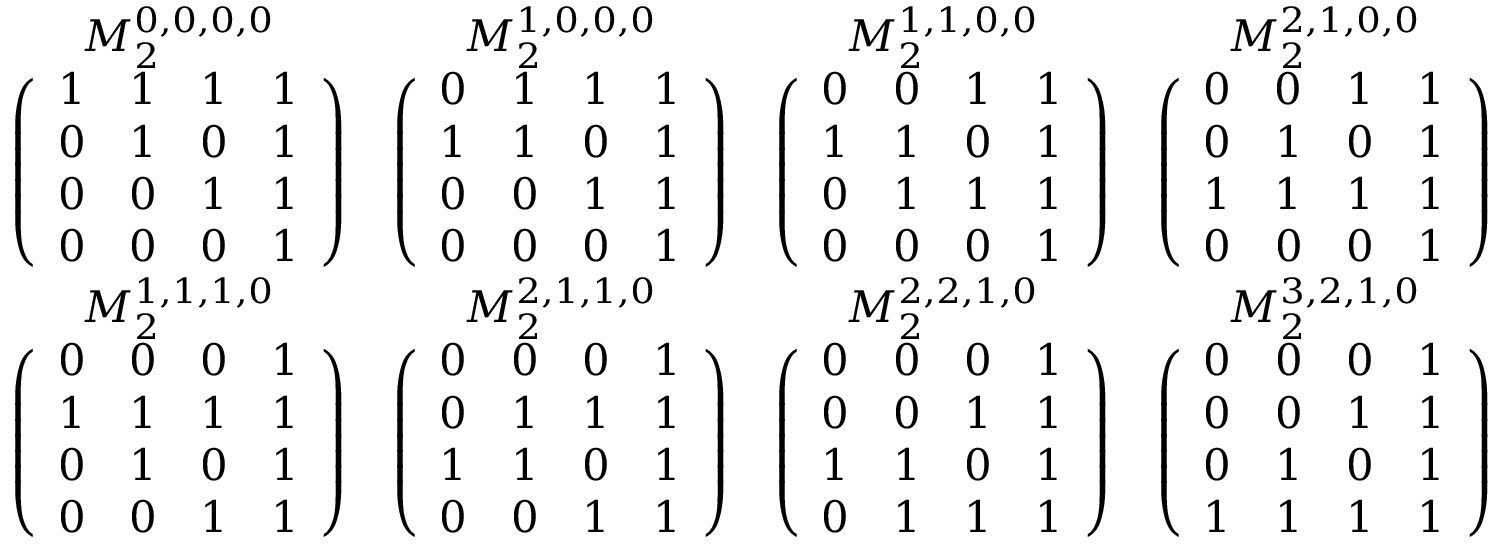
\begin{array} { c c c c } { M _ { 2 } ^ { 0 , 0 , 0 , 0 } } & { M _ { 2 } ^ { 1 , 0 , 0 , 0 } } & { M _ { 2 } ^ { 1 , 1 , 0 , 0 } } & { M _ { 2 } ^ { 2 , 1 , 0 , 0 } } \\ { \left( \begin{array} { l l l l } { 1 } & { 1 } & { 1 } & { 1 } \\ { 0 } & { 1 } & { 0 } & { 1 } \\ { 0 } & { 0 } & { 1 } & { 1 } \\ { 0 } & { 0 } & { 0 } & { 1 } \end{array} \right) } & { \left( \begin{array} { l l l l } { 0 } & { 1 } & { 1 } & { 1 } \\ { 1 } & { 1 } & { 0 } & { 1 } \\ { 0 } & { 0 } & { 1 } & { 1 } \\ { 0 } & { 0 } & { 0 } & { 1 } \end{array} \right) } & { \left( \begin{array} { l l l l } { 0 } & { 0 } & { 1 } & { 1 } \\ { 1 } & { 1 } & { 0 } & { 1 } \\ { 0 } & { 1 } & { 1 } & { 1 } \\ { 0 } & { 0 } & { 0 } & { 1 } \end{array} \right) } & { \left( \begin{array} { l l l l } { 0 } & { 0 } & { 1 } & { 1 } \\ { 0 } & { 1 } & { 0 } & { 1 } \\ { 1 } & { 1 } & { 1 } & { 1 } \\ { 0 } & { 0 } & { 0 } & { 1 } \end{array} \right) } \\ { M _ { 2 } ^ { 1 , 1 , 1 , 0 } } & { M _ { 2 } ^ { 2 , 1 , 1 , 0 } } & { M _ { 2 } ^ { 2 , 2 , 1 , 0 } } & { M _ { 2 } ^ { 3 , 2 , 1 , 0 } } \\ { \left( \begin{array} { l l l l } { 0 } & { 0 } & { 0 } & { 1 } \\ { 1 } & { 1 } & { 1 } & { 1 } \\ { 0 } & { 1 } & { 0 } & { 1 } \\ { 0 } & { 0 } & { 1 } & { 1 } \end{array} \right) } & { \left( \begin{array} { l l l l } { 0 } & { 0 } & { 0 } & { 1 } \\ { 0 } & { 1 } & { 1 } & { 1 } \\ { 1 } & { 1 } & { 0 } & { 1 } \\ { 0 } & { 0 } & { 1 } & { 1 } \end{array} \right) } & { \left( \begin{array} { l l l l } { 0 } & { 0 } & { 0 } & { 1 } \\ { 0 } & { 0 } & { 1 } & { 1 } \\ { 1 } & { 1 } & { 0 } & { 1 } \\ { 0 } & { 1 } & { 1 } & { 1 } \end{array} \right) } & { \left( \begin{array} { l l l l } { 0 } & { 0 } & { 0 } & { 1 } \\ { 0 } & { 0 } & { 1 } & { 1 } \\ { 0 } & { 1 } & { 0 } & { 1 } \\ { 1 } & { 1 } & { 1 } & { 1 } \end{array} \right) } \end{array}